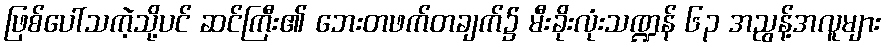
ဖြစ်ပေါ်သကဲ့သို့ပင် ဆင်ကြီး၏ ဘေးတဖက်တချက်၌ မီးခိုးလုံးသဏ္ဍန် ၆၃ အညွန့်အလူများ